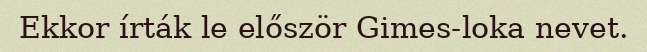
Ekkor írták le először Gimes-loka nevet.